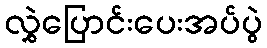
လွှဲပြောင်းပေးအပ်ပွဲ